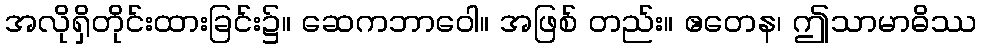
အလိုရှိတိုင်းထားခြင်း၌။ ဆေကဘာဝေါ။ အဖြစ် တည်း။ ဧတေန၊ ဤသာမာဓိဿ